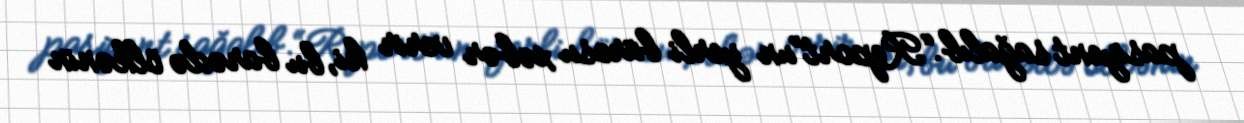
pasiyent sağalıb.“Report”un yerli bürosu xəbər verir ki, bu barədə ölkənin